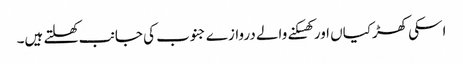
اسکی کھڑکیاں اور کھسکنے والے دروازے جنوب کی جانب کھلتے ہیں۔